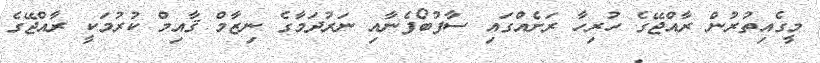
މީގެއިތުރުން ރާއްޖޭގެ ހުރިހާ ރަށެއްގައި ސާފުބޯފެނާއި ނަރުދަމާގެ ނިޒާމް ޤާއިމް ކުރުމަކީ ރާއްޖޭގެ